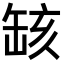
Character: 𦈲